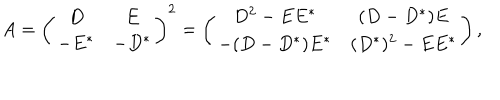
A = \left( \begin{matrix} { { D } } & { { E } } \\ { { - E ^ { \ast } } } & { { - D ^ { \ast } } } \\ \end{matrix} \right) ^ { 2 } = \left( \begin{matrix} { { D ^ { 2 } - E E ^ { \ast } } } & { { ( D - D ^ { \ast } ) E } } \\ { { - ( D - D ^ { \ast } ) E ^ { \ast } } } & { { ( D ^ { \ast } ) ^ { 2 } - E E ^ { \ast } } } \\ \end{matrix} \right) ,